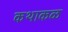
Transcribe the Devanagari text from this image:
कथाकळ